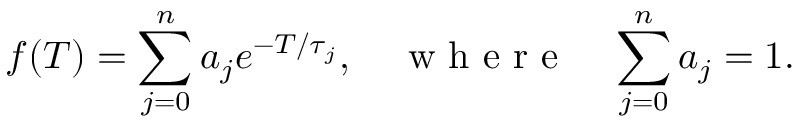
f ( T ) = \sum _ { j = 0 } ^ { n } a _ { j } e ^ { - T / \tau _ { j } } , \quad \mathrm { ~ w ~ h ~ e ~ r ~ e ~ } \quad \sum _ { j = 0 } ^ { n } a _ { j } = 1 .